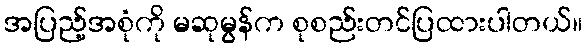
အပြည့်အစုံကို မဆုမွန်က စုစည်းတင်ပြထားပါတယ်။